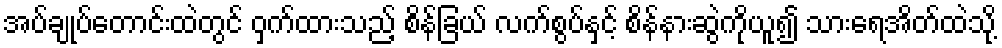
အပ်ချုပ်တောင်းထဲတွင် ဝှက်ထားသည့် စိန်ခြယ် လက်စွပ်နှင့် စိန်နားဆွဲကိုယူ၍ သားရေအိတ်ထဲသို့